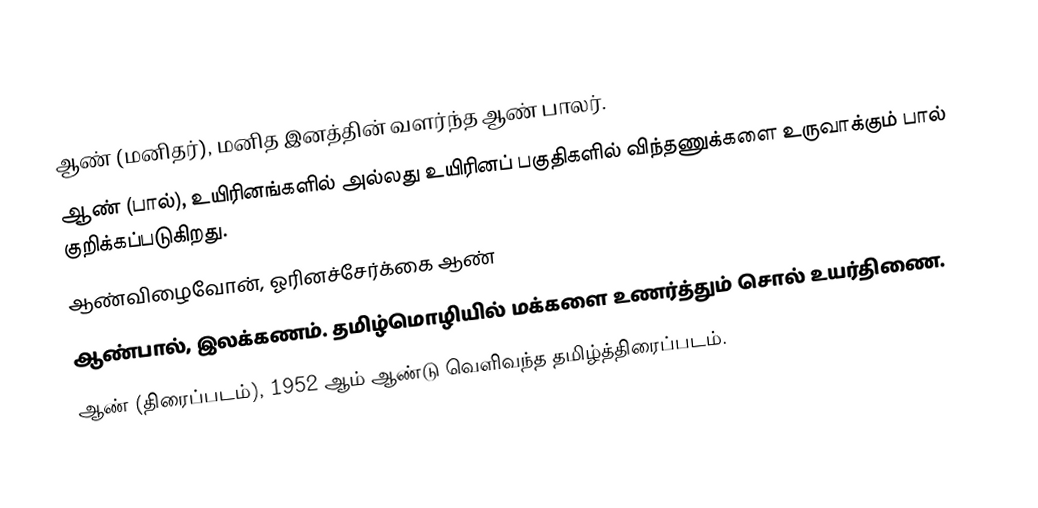
ஆண் (மனிதர்), மனித இனத்தின் வளர்ந்த ஆண் பாலர்.
 ஆண் (பால்), உயிரினங்களில் அல்லது உயிரினப் பகுதிகளில் விந்தணுக்களை உருவாக்கும் பால் குறிக்கப்படுகிறது.
 ஆண்விழைவோன், ஓரினச்சேர்க்கை ஆண்
 ஆண்பால், இலக்கணம். தமிழ்மொழியில் மக்களை உணர்த்தும் சொல் உயர்திணை.
 ஆண் (திரைப்படம்), 1952 ஆம் ஆண்டு வெளிவந்த தமிழ்த்திரைப்படம்.